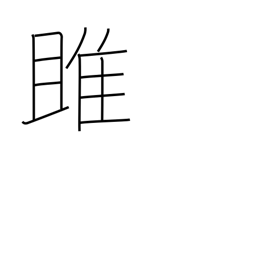
Meaning: osprey